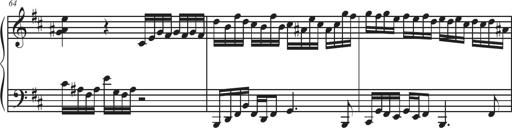
Title: Sonatina Espania
Composer: Jerald Franklin Archer
Key: Various